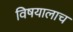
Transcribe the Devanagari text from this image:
विषयालाच